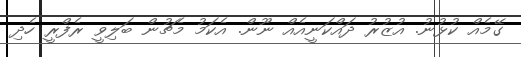
ގޭމެއް ކުޅުނު. އުޒުރު ދައްކަނީއެއް ނޫން. އެކަމު މެޗުން ބަލިވީ ރެފްރީ ހެދި